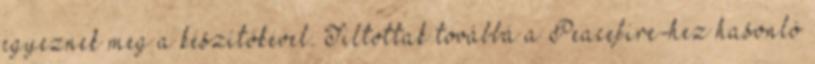
egyeznek meg a készítőkével. Tiltottak továbbá a Peacefire-hez hasonló